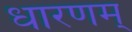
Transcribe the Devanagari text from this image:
धारणम्